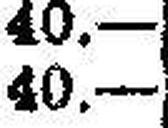
40.—